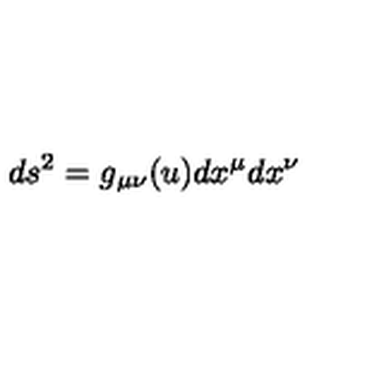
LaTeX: d s ^ { 2 } = g _ { \mu \nu } ( u ) d x ^ { \mu } d x ^ { \nu }